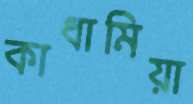
কাধামিয়া